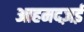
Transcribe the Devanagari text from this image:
आहमदज़ई